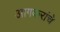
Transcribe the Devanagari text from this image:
आगकरांचे